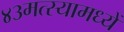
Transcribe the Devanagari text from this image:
४३मत्स्यामध्यें